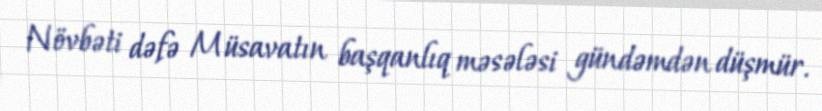
Növbəti dəfə Müsavatın başqanlıq məsələsi gündəmdən düşmür.